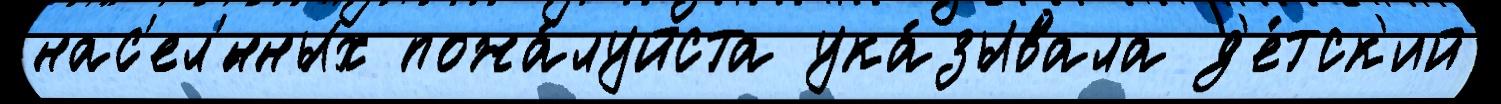
нас'ел'́нных пожа́луйста ука́зывала д'е́тск'ий